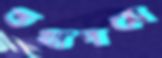
তথ্যপত্রে